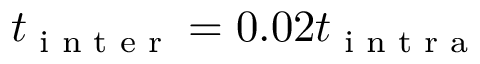
t _ { \textrm { i n t e r } } = 0 . 0 2 t _ { \textrm { i n t r a } }